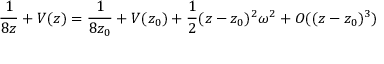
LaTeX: \frac { 1 } { 8 z } + V ( z ) = \frac { 1 } { 8 z _ { 0 } } + V ( z _ { 0 } ) + \frac 1 2 ( z - z _ { 0 } ) ^ { 2 } \omega ^ { 2 } + O ( ( z - z _ { 0 } ) ^ { 3 } )